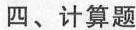
四、计算题